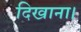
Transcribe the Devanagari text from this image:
दिखाना।